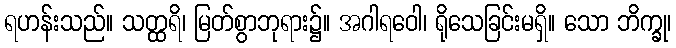
ရဟန်းသည်။ သတ္ထရိ၊ မြတ်စွာဘုရား၌။ အဂါရဝေါ၊ ရိုသေခြင်းမရှိ။ သော ဘိက္ခု၊